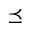
\preceq